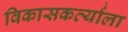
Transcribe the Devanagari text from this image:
विकासकर्त्याला